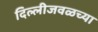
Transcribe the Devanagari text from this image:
दिल्लीजवळच्या